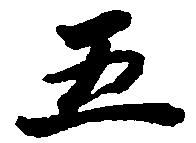
五